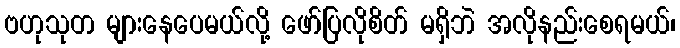
ဗဟုသုတ များနေပေမယ်လို့ ဖော်ပြလိုစိတ် မရှိဘဲ အလိုနည်းစေရမယ်၊